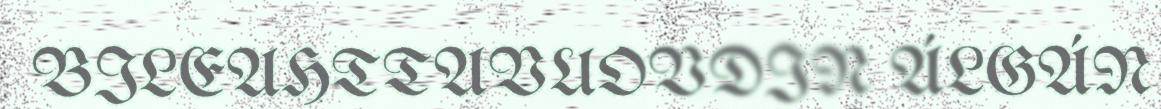
BILEAHTTAVUOVDIN ÁLGÁN